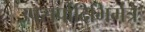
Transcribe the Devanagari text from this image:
उपसर्पादिभिर्मंत्रैः